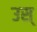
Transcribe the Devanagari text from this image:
उस्